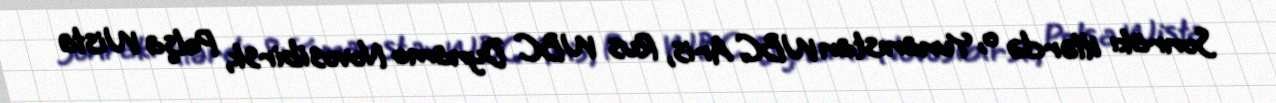
Sonrakı illərdə o, Yunanıstan WBC Aris, Rus WBC Dynamo Novosibirsk, Polşa Wisła